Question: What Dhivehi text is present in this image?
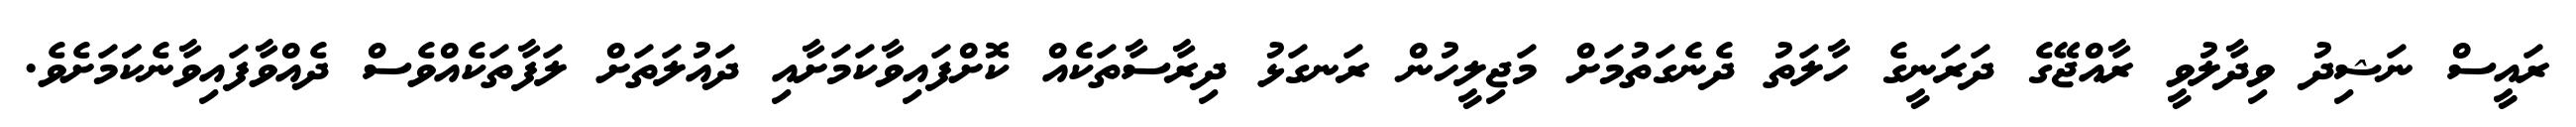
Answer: ރައީސް ނަޝިދު ވިދާލުވީ ރާއްޖޭގެ ދަރަނީގެ ހާލަތު ދެނެގަތުމަށް މަޖިލީހުން ރަނގަޅު ދިރާސާތަކެއް ކޮށްފައިވާކަމަށާއި ދައުލަތަށް ލަފާތަކެއްވެސް ދެއްވާފައިވާނެކަަމަށެވެ.